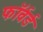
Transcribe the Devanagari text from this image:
फाॅर्वर्ड